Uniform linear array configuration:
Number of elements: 12
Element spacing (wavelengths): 0.25
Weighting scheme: hann
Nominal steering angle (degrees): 60
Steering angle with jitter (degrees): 58.814
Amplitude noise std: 0.05
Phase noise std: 0.05

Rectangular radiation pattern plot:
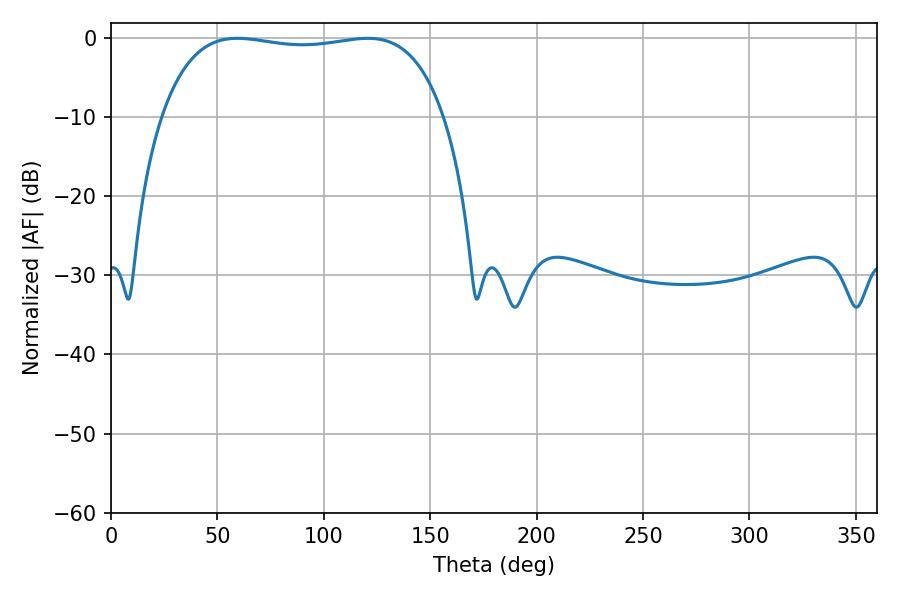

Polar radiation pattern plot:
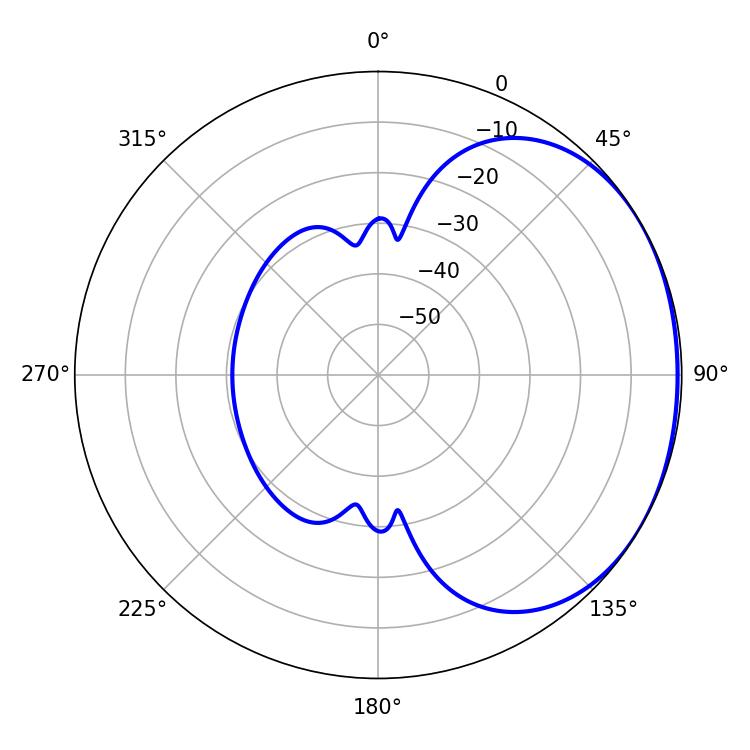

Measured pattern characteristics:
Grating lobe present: FALSE
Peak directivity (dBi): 1.292
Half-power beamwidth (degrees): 106.56
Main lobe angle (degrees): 59.4